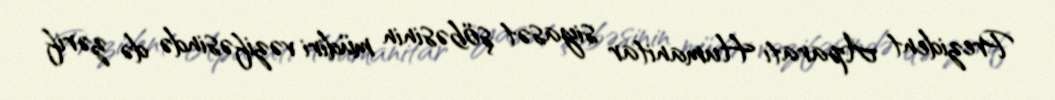
Prezident Aparatı Humanitar siyasət şöbəsinin müdiri vəzifəsində də zərif